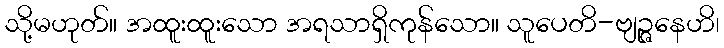
သို့မဟုတ်။ အထူးထူးသော အရသာရှိကုန်သော။ သူပေတိ-ဗျဉ္ဇနေဟိ၊